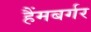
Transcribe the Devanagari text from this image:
हैंमबर्गर